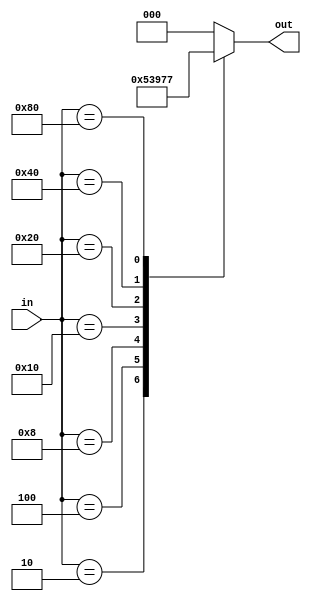
module priority_encoder_decoder(input [7:0] in, output reg [2:0] out);

always @* begin
    case(in)
        8'b00000001: out = 3'b000;
        8'b00000010: out = 3'b001;
        8'b00000100: out = 3'b010;
        8'b00001000: out = 3'b011;
        8'b00010000: out = 3'b100;
        8'b00100000: out = 3'b101;
        8'b01000000: out = 3'b110;
        8'b10000000: out = 3'b111;
        default: out = 3'b000; // default to lowest priority
    endcase
end

endmodule